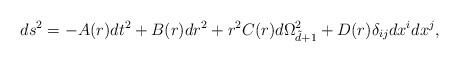
LaTeX: \begin{align*}ds^2=-A(r)dt^2 +B(r)dr^2 +r^2 C(r)d\Omega_{\tilde d+1}^2+D(r)\delta_{ij}dx^i dx^j,\end{align*}